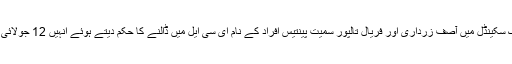
سپریم کورٹ نے منی لانڈرنگ سکینڈل میں آصف زرداری اور فریال تالپور سمیت پینتیس افراد کے نام ای سی ایل میں ڈالنے کا حکم دیتے ہوئے اُنہیں 12 جولائی کو عدالت میں طلب کر لیا ہے۔